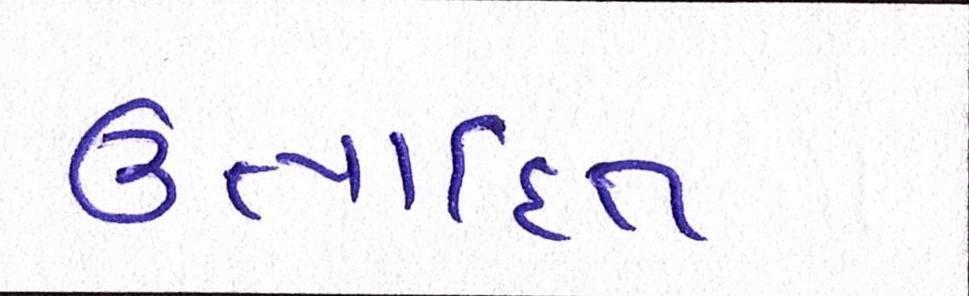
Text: ઉત્પાદિત